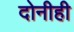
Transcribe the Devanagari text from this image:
दोनीही